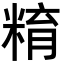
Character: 𥺞